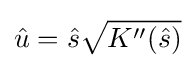
{\hat {u}}={\hat {s}}{\sqrt {K''({\hat {s}})}}